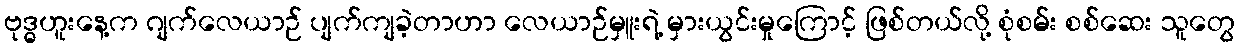
ဗုဒ္ဓဟူးနေ့က ဂျက်လေယာဉ် ပျက်ကျခဲ့တာဟာ လေယာဉ်မှူးရဲ့ မှားယွင်းမှုကြောင့် ဖြစ်တယ်လို့ စုံစမ်း စစ်ဆေး သူတွေ